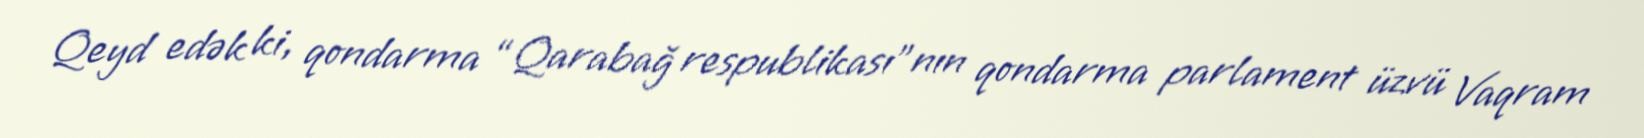
Qeyd edək ki, qondarma “Qarabağ respublikası”nın qondarma parlament üzvü Vaqram